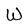
Character: W